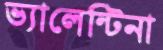
ভ্যালেন্টিনা